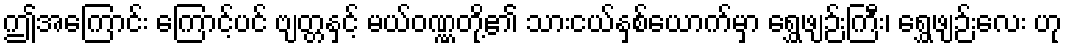
ဤအကြောင်း ကြောင့်ပင် ဗျတ္တနှင့် မယ်ဝဏ္ဏတို့၏ သားငယ်နှစ်ယောက်မှာ ရွှေဖျဉ်းကြီး၊ ရွှေဖျဉ်းလေး ဟု